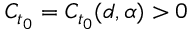
C _ { t _ { 0 } } = C _ { t _ { 0 } } ( d , \alpha ) > 0